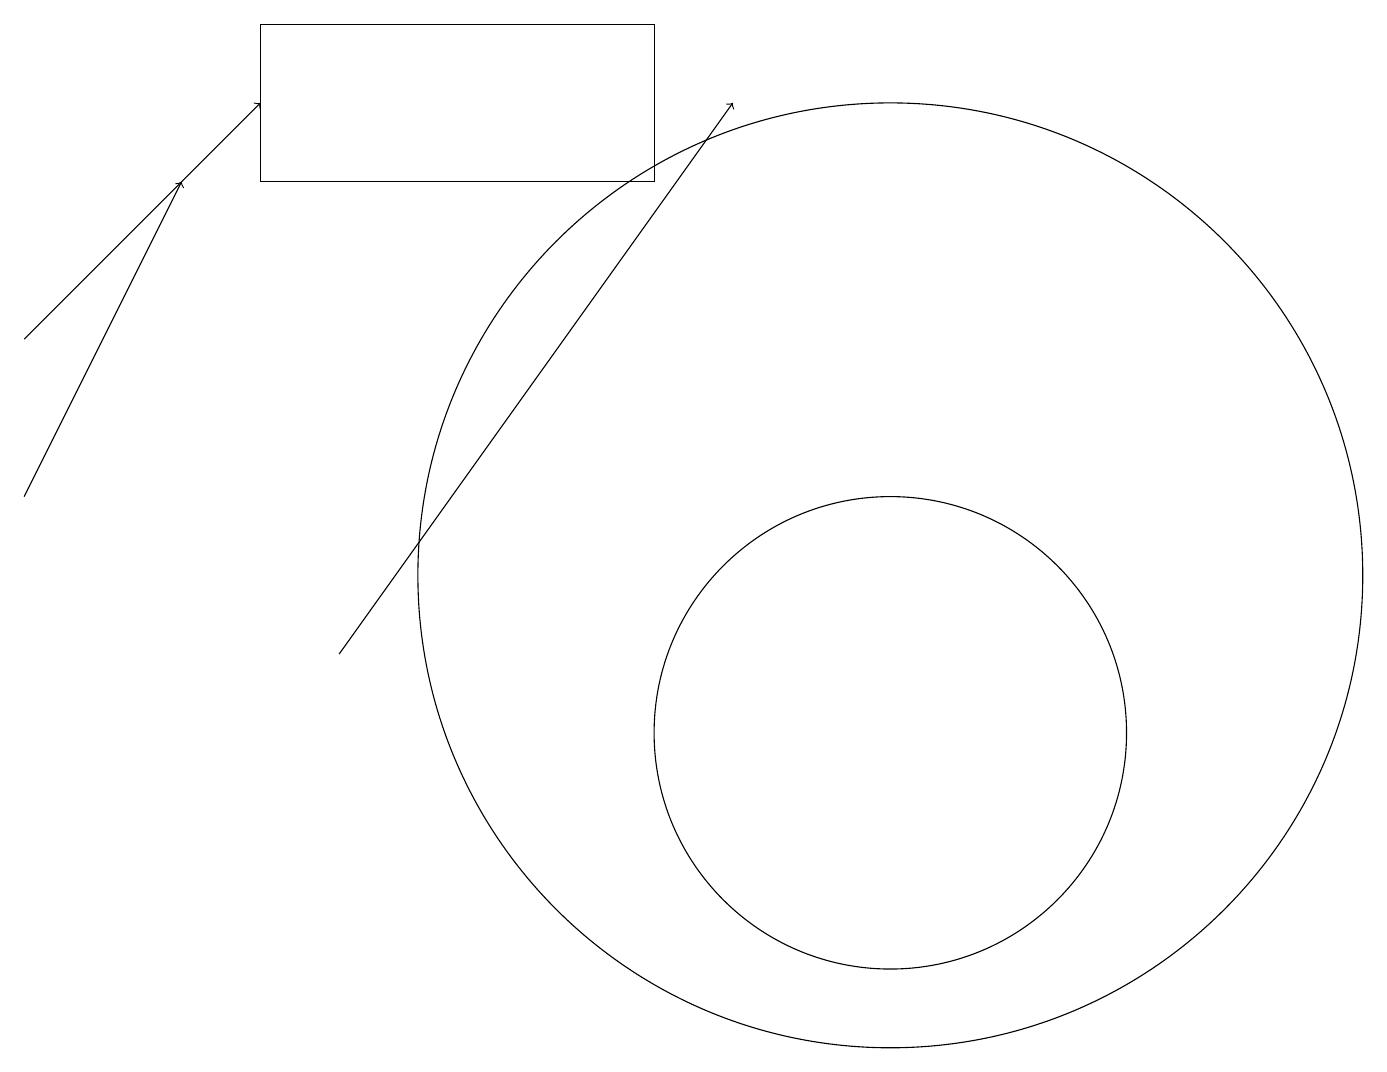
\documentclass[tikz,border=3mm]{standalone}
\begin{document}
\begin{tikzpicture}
\draw (3,17) rectangle (8,19);
\draw[->] (0,13) -- (2,17);
\draw[->] (0,15) -- (3,18);
\draw (11,10) circle (3);
\draw[->] (4,11) -- (9,18);
\draw (11,12) circle (6);
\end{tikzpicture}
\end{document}